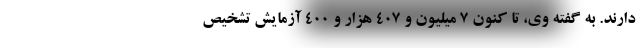
دارند. به گفته وی، تا کنون ۷ میلیون و ۴۰۷ هزار و ۴۰۰ آزمایش تشخیص